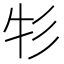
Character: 𰐦